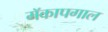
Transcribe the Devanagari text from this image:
मॅकापगाल